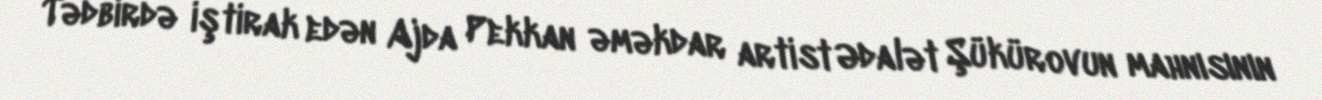
Tədbirdə iştirak edən Ajda Pekkan əməkdar artist Ədalət Şükürovun mahnısının